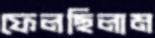
ফেলছিলাম